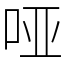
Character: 哑